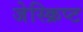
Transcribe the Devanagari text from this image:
जेस्क्रिप्ट